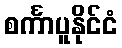
စင်္ကာပူနိုင်ငံ